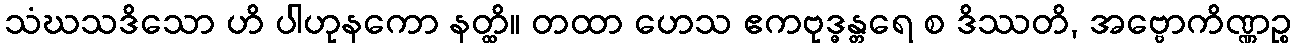
သံဃသဒိသော ဟိ ပါဟုနကော နတ္ထိ။ တထာ ဟေသ ဧကဗုဒ္ဓန္တရေ စ ဒိဿတိ, အဗ္ဗောကိဏ္ဏဉ္စ